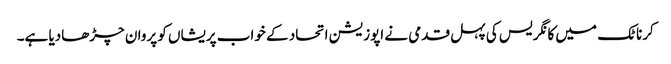
کرناٹک میں کانگریس کی پہل قدمی نے اپوزیشن اتحاد کے خواب پریشاں کو پروان چڑھادیا ہے۔